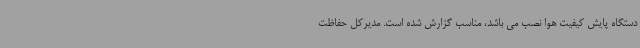
دستگاه پایش کیفیت هوا نصب می باشد، مناسب گزارش شده است. مدیرکل حفاظت